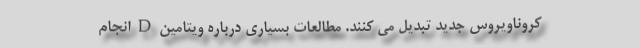
کروناویروس جدید تبدیل می کنند. مطالعات بسیاری درباره ویتامین D انجام